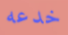
خدعه